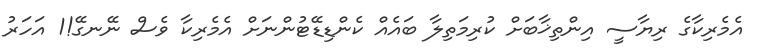
އެމެރިކާގެ ރިޔާސީ އިންތިޚާބަށް ކުރިމަތިލާ ބައެއް ކެންޑިޑޭޓުންނަށް އެމެރިކާ ވެސް ނޭނގޭ!1 އަހަރު